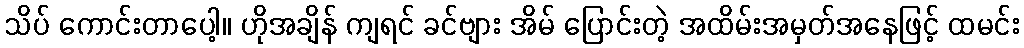
သိပ် ကောင်းတာပေါ့။ ဟိုအချိန် ကျရင် ခင်ဗျား အိမ် ပြောင်းတဲ့ အထိမ်းအမှတ်အနေဖြင့် ထမင်း